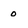
Character: o